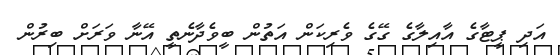
އަދި ޕީޓާގެ އާއިލާގެ ގޭގެ ވެރިކަން އަތުން ބީވެދާނެތީ އޭނާ ވަރަށް ބިރުން